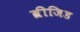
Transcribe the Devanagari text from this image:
ब्रीजिड